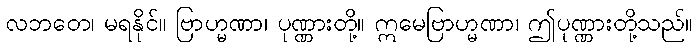
လဘတေ၊ မရနိုင်။ ဗြာဟ္မဏာ၊ ပုဏ္ဏားတို့။ ဣမေဗြာဟ္မဏာ၊ ဤပုဏ္ဏားတို့သည်။